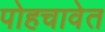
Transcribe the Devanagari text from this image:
पोहचावेत